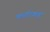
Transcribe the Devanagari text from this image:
कर्नाटकश्च